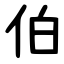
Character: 伯